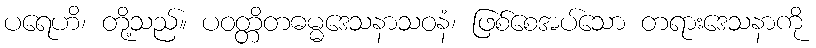
ပရေဟိ၊ တို့သည်။ ပဝတ္တိတဓမ္မဒေသနာသဝနံ၊ ဖြစ်စေအပ်သော တရားဒေသနာကို